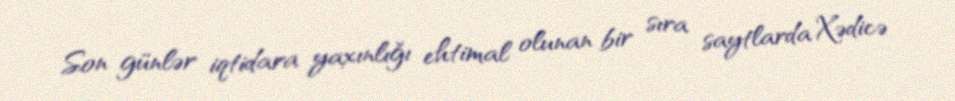
Son günlər iqtidara yaxınlığı ehtimal olunan bir sıra saytlarda Xədicə